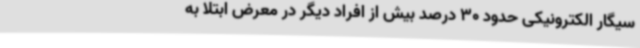
سیگار الکترونیکی حدود 30 درصد بیش از افراد دیگر در معرض ابتلا به